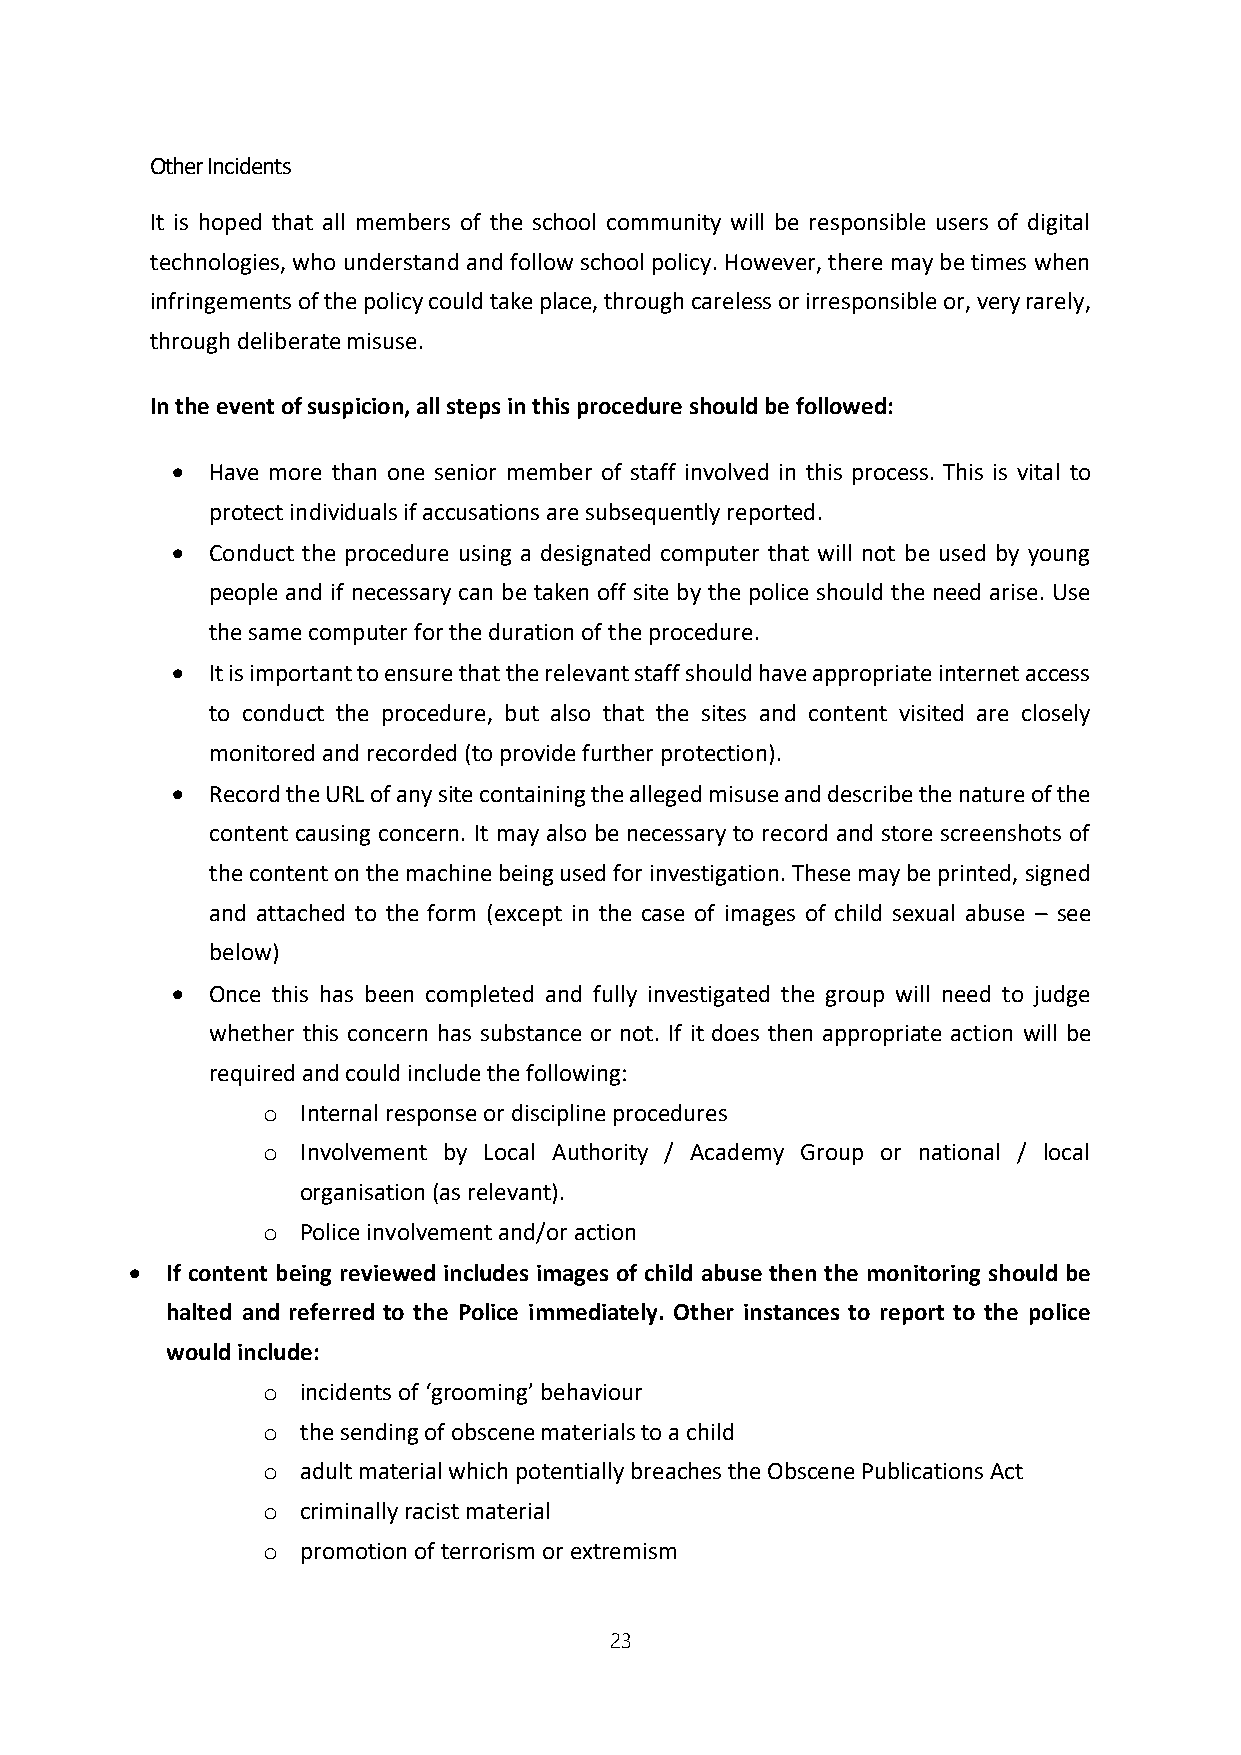
Other Incidents
 It is hoped that all members of the school community will be responsible users of digital
 technologies, who understand and follow school policy. However, there may be times when
 infringements of the policy could take place, through careless or irresponsible or, very rarely,
 through deliberate misuse.
 In the event of suspicion, all steps in this procedure should be followed:
   Have more than one senior member of staff involved in this process. This is vital to
 protect individuals if accusations are subsequently reported.
   Conduct the procedure using a designated computer that will not be used by young
 people and if necessary can be taken off site by the police should the need arise. Use
 the same computer for the duration of the procedure.
   It is important to ensure that the relevant staff should have appropriate internet access
 to conduct the procedure, but also that the sites and content visited are closely
 monitored and recorded (to provide further protection).
   Record the URL of any site containing the alleged misuse and describe the nature of the
 content causing concern. It may also be necessary to record and store screenshots of
 the content on the machine being used for investigation. These may be printed, signed
 and attached to the form (except in the case of images of child sexual abuse – see
 below)
   Once this has been completed and fully investigated the group will need to judge
 whether this concern has substance or not. If it does then appropriate action will be
 required and could include the following:
 o  Internal response or discipline procedures
 o  Involvement by Local Authority / Academy Group or national / local
 organisation (as relevant).
 o  Police involvement and/or action
  If content being reviewed includes images of child abuse then the monitoring should be
 halted and referred to the Police immediately. Other instances to report to the police
 would include:
 o  incidents of ‘grooming’ behaviour
 o  the sending of obscene materials to a child
 o  adult material which potentially breaches the Obscene Publications Act
 o  criminally racist material
 o  promotion of terrorism or extremism
 23